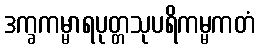
ဒက္ခကမ္မာရပုတ္တသုပရိကမ္မကတံ